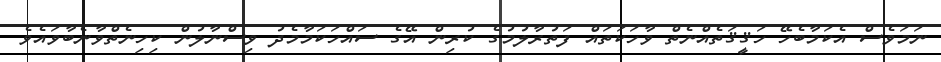
ނަމަވެސް އެކަމާބެހޭ ހަޤީޤަތެއްނެތް ވާހަކަތައް ފަތުރާލުމުގެ ކުރިން އޭގެ ސައްހަކަމާމެދު ވިސްނާލުން ކިހިނެތްވާނެބާވައެވެ